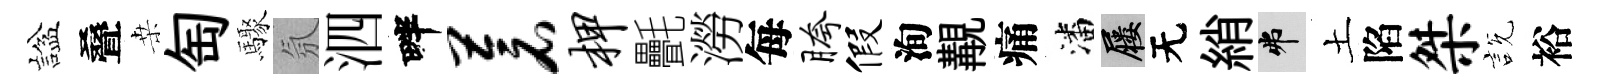
諡叠桒匋驟氛泗畔苍柙㲲澇每胯假洵覯痛潘屨无綃弗土陷桀説裕